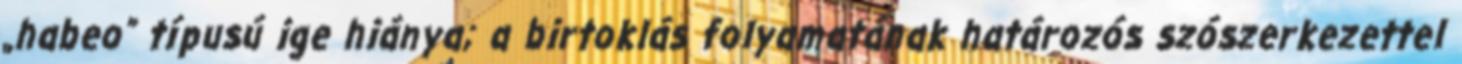
„habeo” típusú ige hiánya; a birtoklás folyamatának határozós szószerkezettel